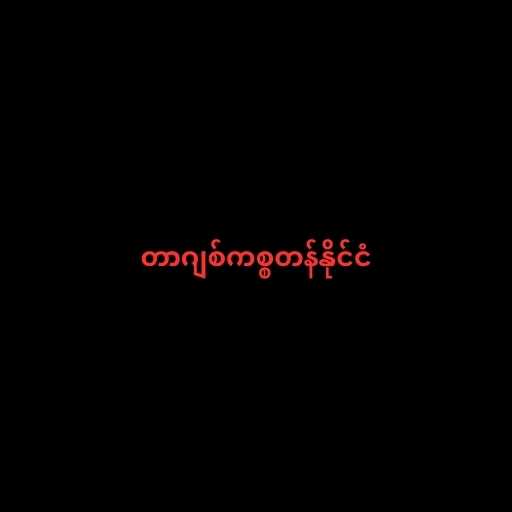
တာဂျစ်ကစ္စတန်နိုင်ငံ